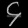
Digit: ၄